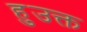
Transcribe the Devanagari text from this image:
हुउक्त